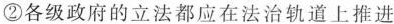
②各级政府的立法都应在法治轨道上推进